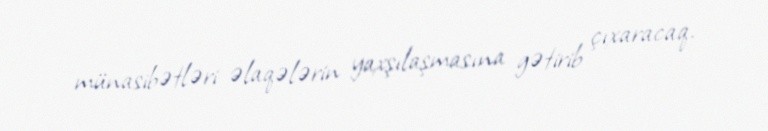
münasibətləri əlaqələrin yaxşılaşmasına gətirib çıxaracaq.